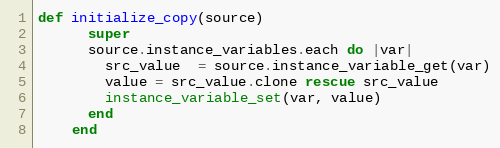
Language: Ruby
def initialize_copy(source)
      super
      source.instance_variables.each do |var|
        src_value  = source.instance_variable_get(var)
        value = src_value.clone rescue src_value
        instance_variable_set(var, value)
      end
    end